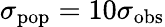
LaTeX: \sigma_{\mathrm{pop}}=10\sigma_{\mathrm{obs}}